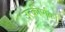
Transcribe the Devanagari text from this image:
उत्‍कीर्णकों